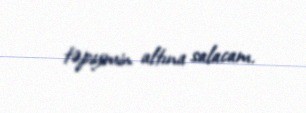
təpiyimin altına salacam.